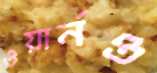
ওয়ার্নও